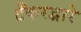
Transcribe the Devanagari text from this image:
टँकरद्वारे